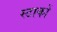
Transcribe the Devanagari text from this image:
स्टाकों